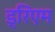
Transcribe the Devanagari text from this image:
ड्रिएम